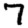
Digit: 7